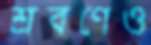
শ্রবণেও